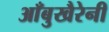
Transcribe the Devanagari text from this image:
आँबुखैरेनी